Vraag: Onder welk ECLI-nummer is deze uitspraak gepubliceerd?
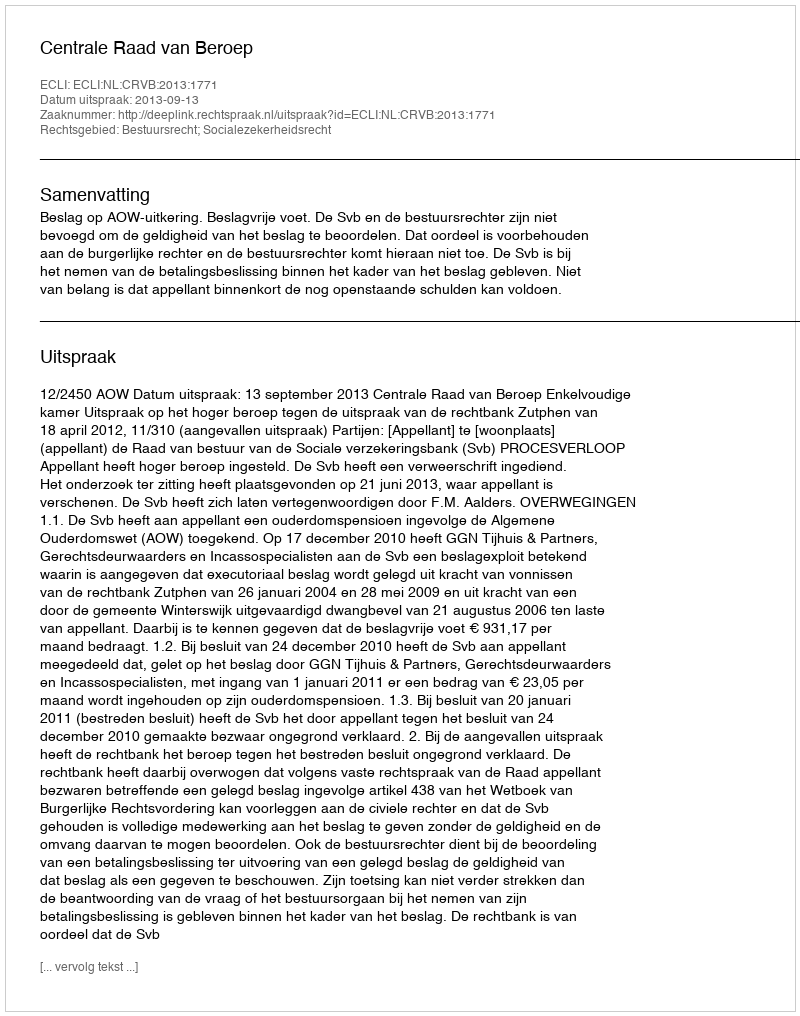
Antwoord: ECLI:NL:CRVB:2013:1771